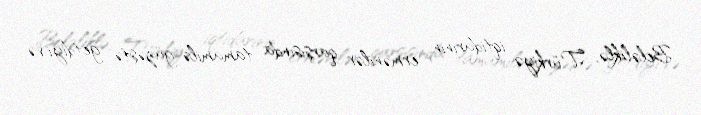
Beləliklə, Türkiyə iqtidarının ermənilər qarşısında tamamilə güzəştə getdiyi və